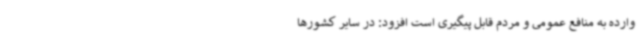
وارده به منافع عمومی و مردم قابل پیگیری است افزود: در سایر کشورها